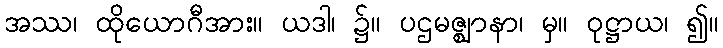
အဿ၊ ထိုယောဂီအား။ ယဒါ၊ ၌။ ပဌမဇ္ဈာနာ၊ မှ။ ဝုဋ္ဌာယ၊ ၍။